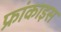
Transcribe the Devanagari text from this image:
फ्रांकाइस